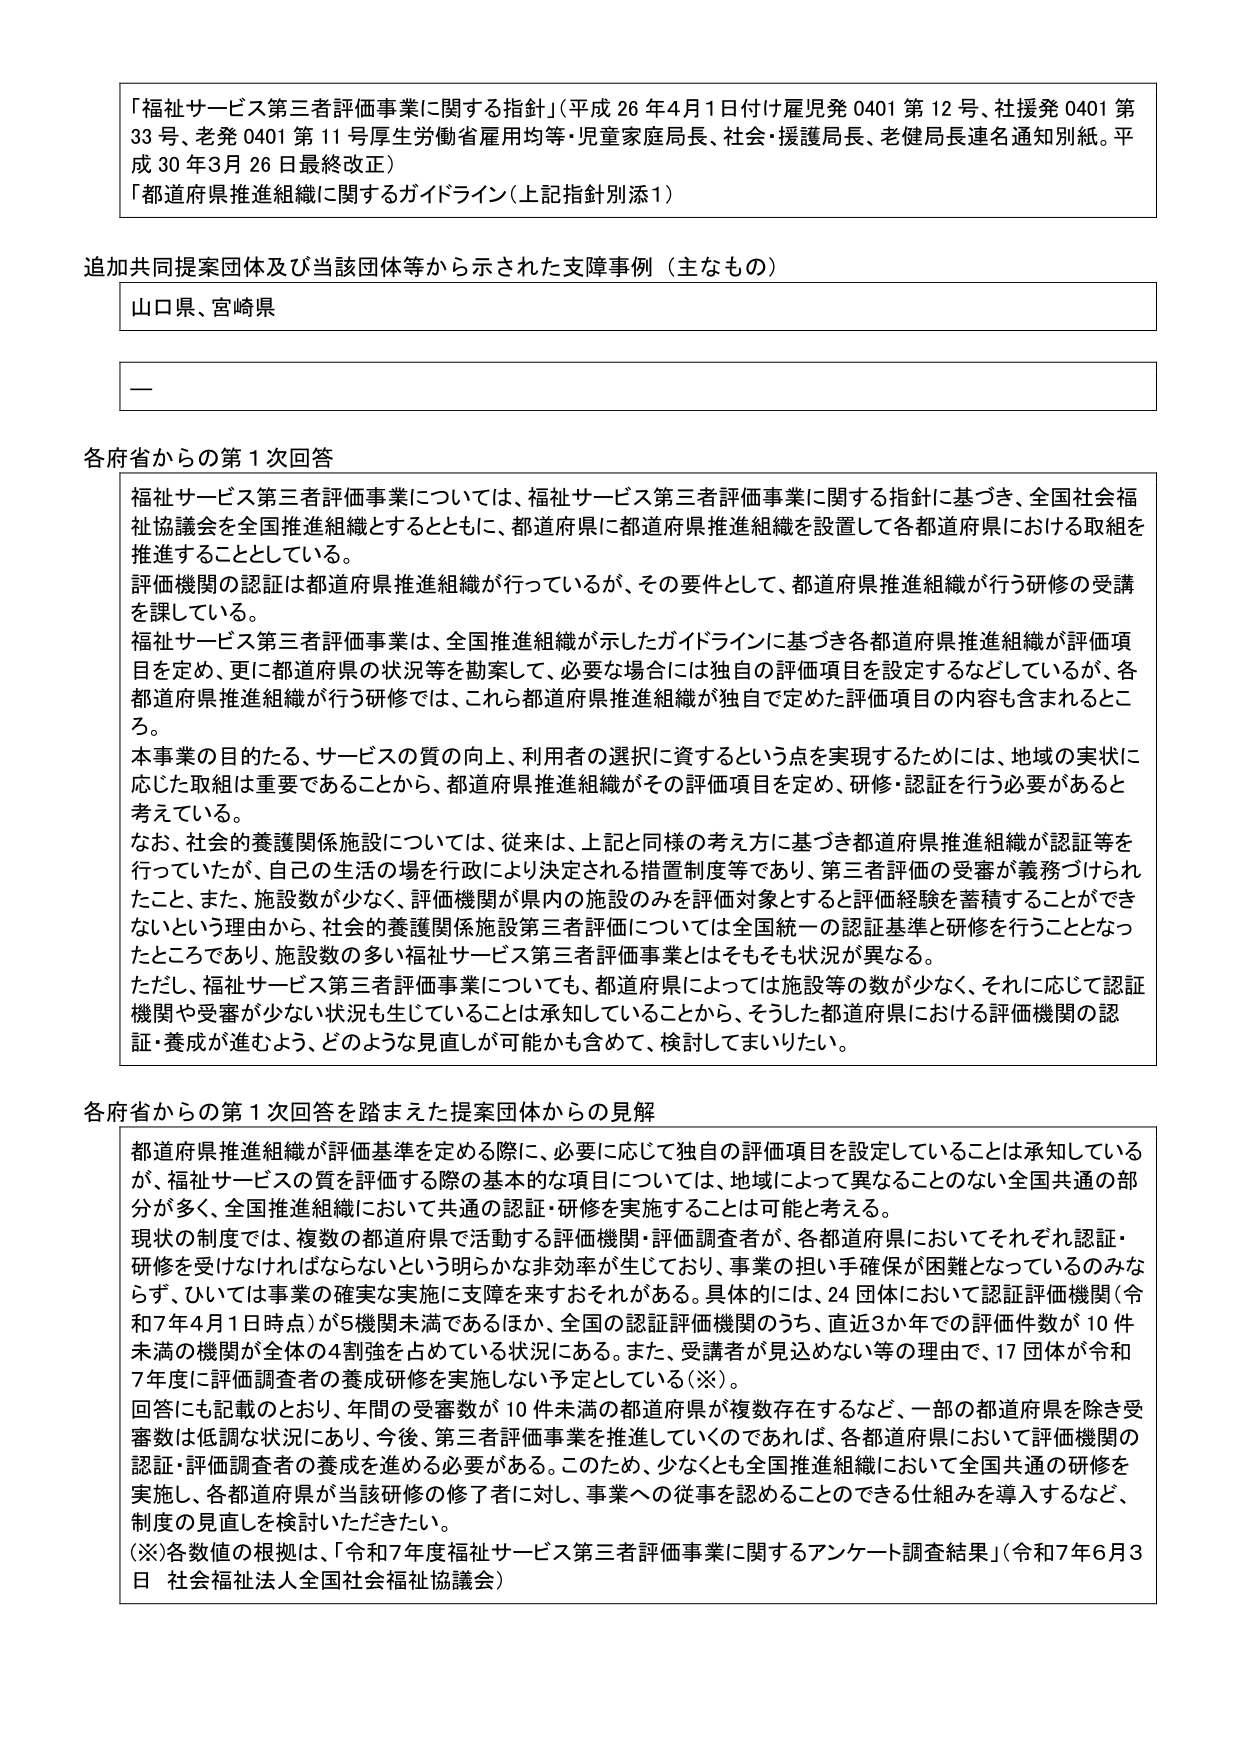
「福祉サービス第三者評価事業に関する指針」（平成26年4月1日付け雇児発0401第12号、社援発0401第33号、老発0401第11号厚生労働省雇用均等・児童家庭局長、社会・援護局長、老健局長連名通知別紙。平成30年3月26日最終改正）
「都道府県推進組織に関するガイドライン（上記指針別添1）」

追加共同提案団体及び当該団体等から示された支障事例（主なもの）
山口県、宮崎県
—

各府省からの第1次回答
福祉サービス第三者評価事業については、福祉サービス第三者評価事業に関する指針に基づき、全国社会福祉協議会を全国推進組織とするとともに、都道府県に都道府県推進組織を設置して各都道府県における取組を推進することとしている。
評価機関の認証は都道府県推進組織が行っているが、その要件として、都道府県推進組織が行う研修の受講を課している。
福祉サービス第三者評価事業は、全国推進組織が示したガイドラインに基づき各都道府県推進組織が評価項目を定め、更に都道府県の状況等を勘案して、必要な場合には独自の評価項目を設定するなどしているが、各都道府県推進組織が行う研修では、これら都道府県推進組織が独自で定めた評価項目の内容も含まれるところ。
本事業の目的たる、サービスの質の向上、利用者の選択に資するという点を実現するためには、地域の実状に応じた取組は重要であることから、都道府県推進組織がその評価項目を定め、研修・認証を行う必要があると考えている。
なお、社会的養護関係施設については、従来は、上記と同様の考え方に基づき都道府県推進組織が認証等を行っていたが、自分の生活の場を行政により決定される措置制度等であり、第三者評価の受審が義務づけられたこと、また、施設数が少なく、評価機関が県内の施設のみを評価対象とする評価経験を蓄積することができないという理由から、社会的養護関係施設第三者評価については全国統一の認証基準と研修を行うこととなったところであり、施設数の多い福祉サービス第三者評価事業とはそもそも状況が異なる。
ただし、福祉サービス第三者評価事業についても、都道府県によっては施設等の数が少なく、それに応じて認証機関や受審が少ない状況も生じていることは承知していることから、そうした都道府県における評価機関の認証・養成が進むよう、どのような見直しが可能かも含めて、検討してまいりたい。

各府省からの第1次回答を踏まえた提案団体からの見解
都道府県推進組織が評価基準を定める際に、必要に応じて独自の評価項目を設定していることは承知しているが、福祉サービスの質を評価する際の基本的な項目については、地域によって異なることのない全国共通の部分が多く、全国推進組織において共通の認証・研修を実施することは可能と考える。
現状の制度では、複数の都道府県で活動する評価機関・評価調査者が、各都道府県においてそれぞれ認証・研修を受けなければならないという明らかな非効率が生じており、事業の担い手確保が困難となっているのみならず、ひいては事業の確実な実施に支障を来すおそれがある。具体的には、24団体において認証評価機関（令和7年4月1日時点）が5機関未満であるほか、全国の認証評価機関のうち、直近3か年での評価件数が10件未満の機関が全体の4割強を占めている状況にある。また、受講者が見込めない等の理由で、17団体が令和7年度に評価調査者の養成研修を実施しない予定としている（※）。
回答にも記載のとおり、年間の受審数が10件未満の都道府県が複数存在するなど、一部の都道府県を除き受審数は低調な状況にあり、今後、第三者評価事業を推進していくのであれば、各都道府県において評価機関の認証・評価調査者の養成を進める必要がある。このため、少なくとも全国推進組織において全国共通の研修を実施し、各都道府県が当該研修の修了者に対し、事業への従事を認めることのできる仕組みを導入するなど、制度の見直しを検討いただきたい。
（※）各数値の根拠は、「令和7年度福祉サービス第三者評価事業に関するアンケート調査結果」（令和7年6月3日 社会福祉法人全国社会福祉協議会）